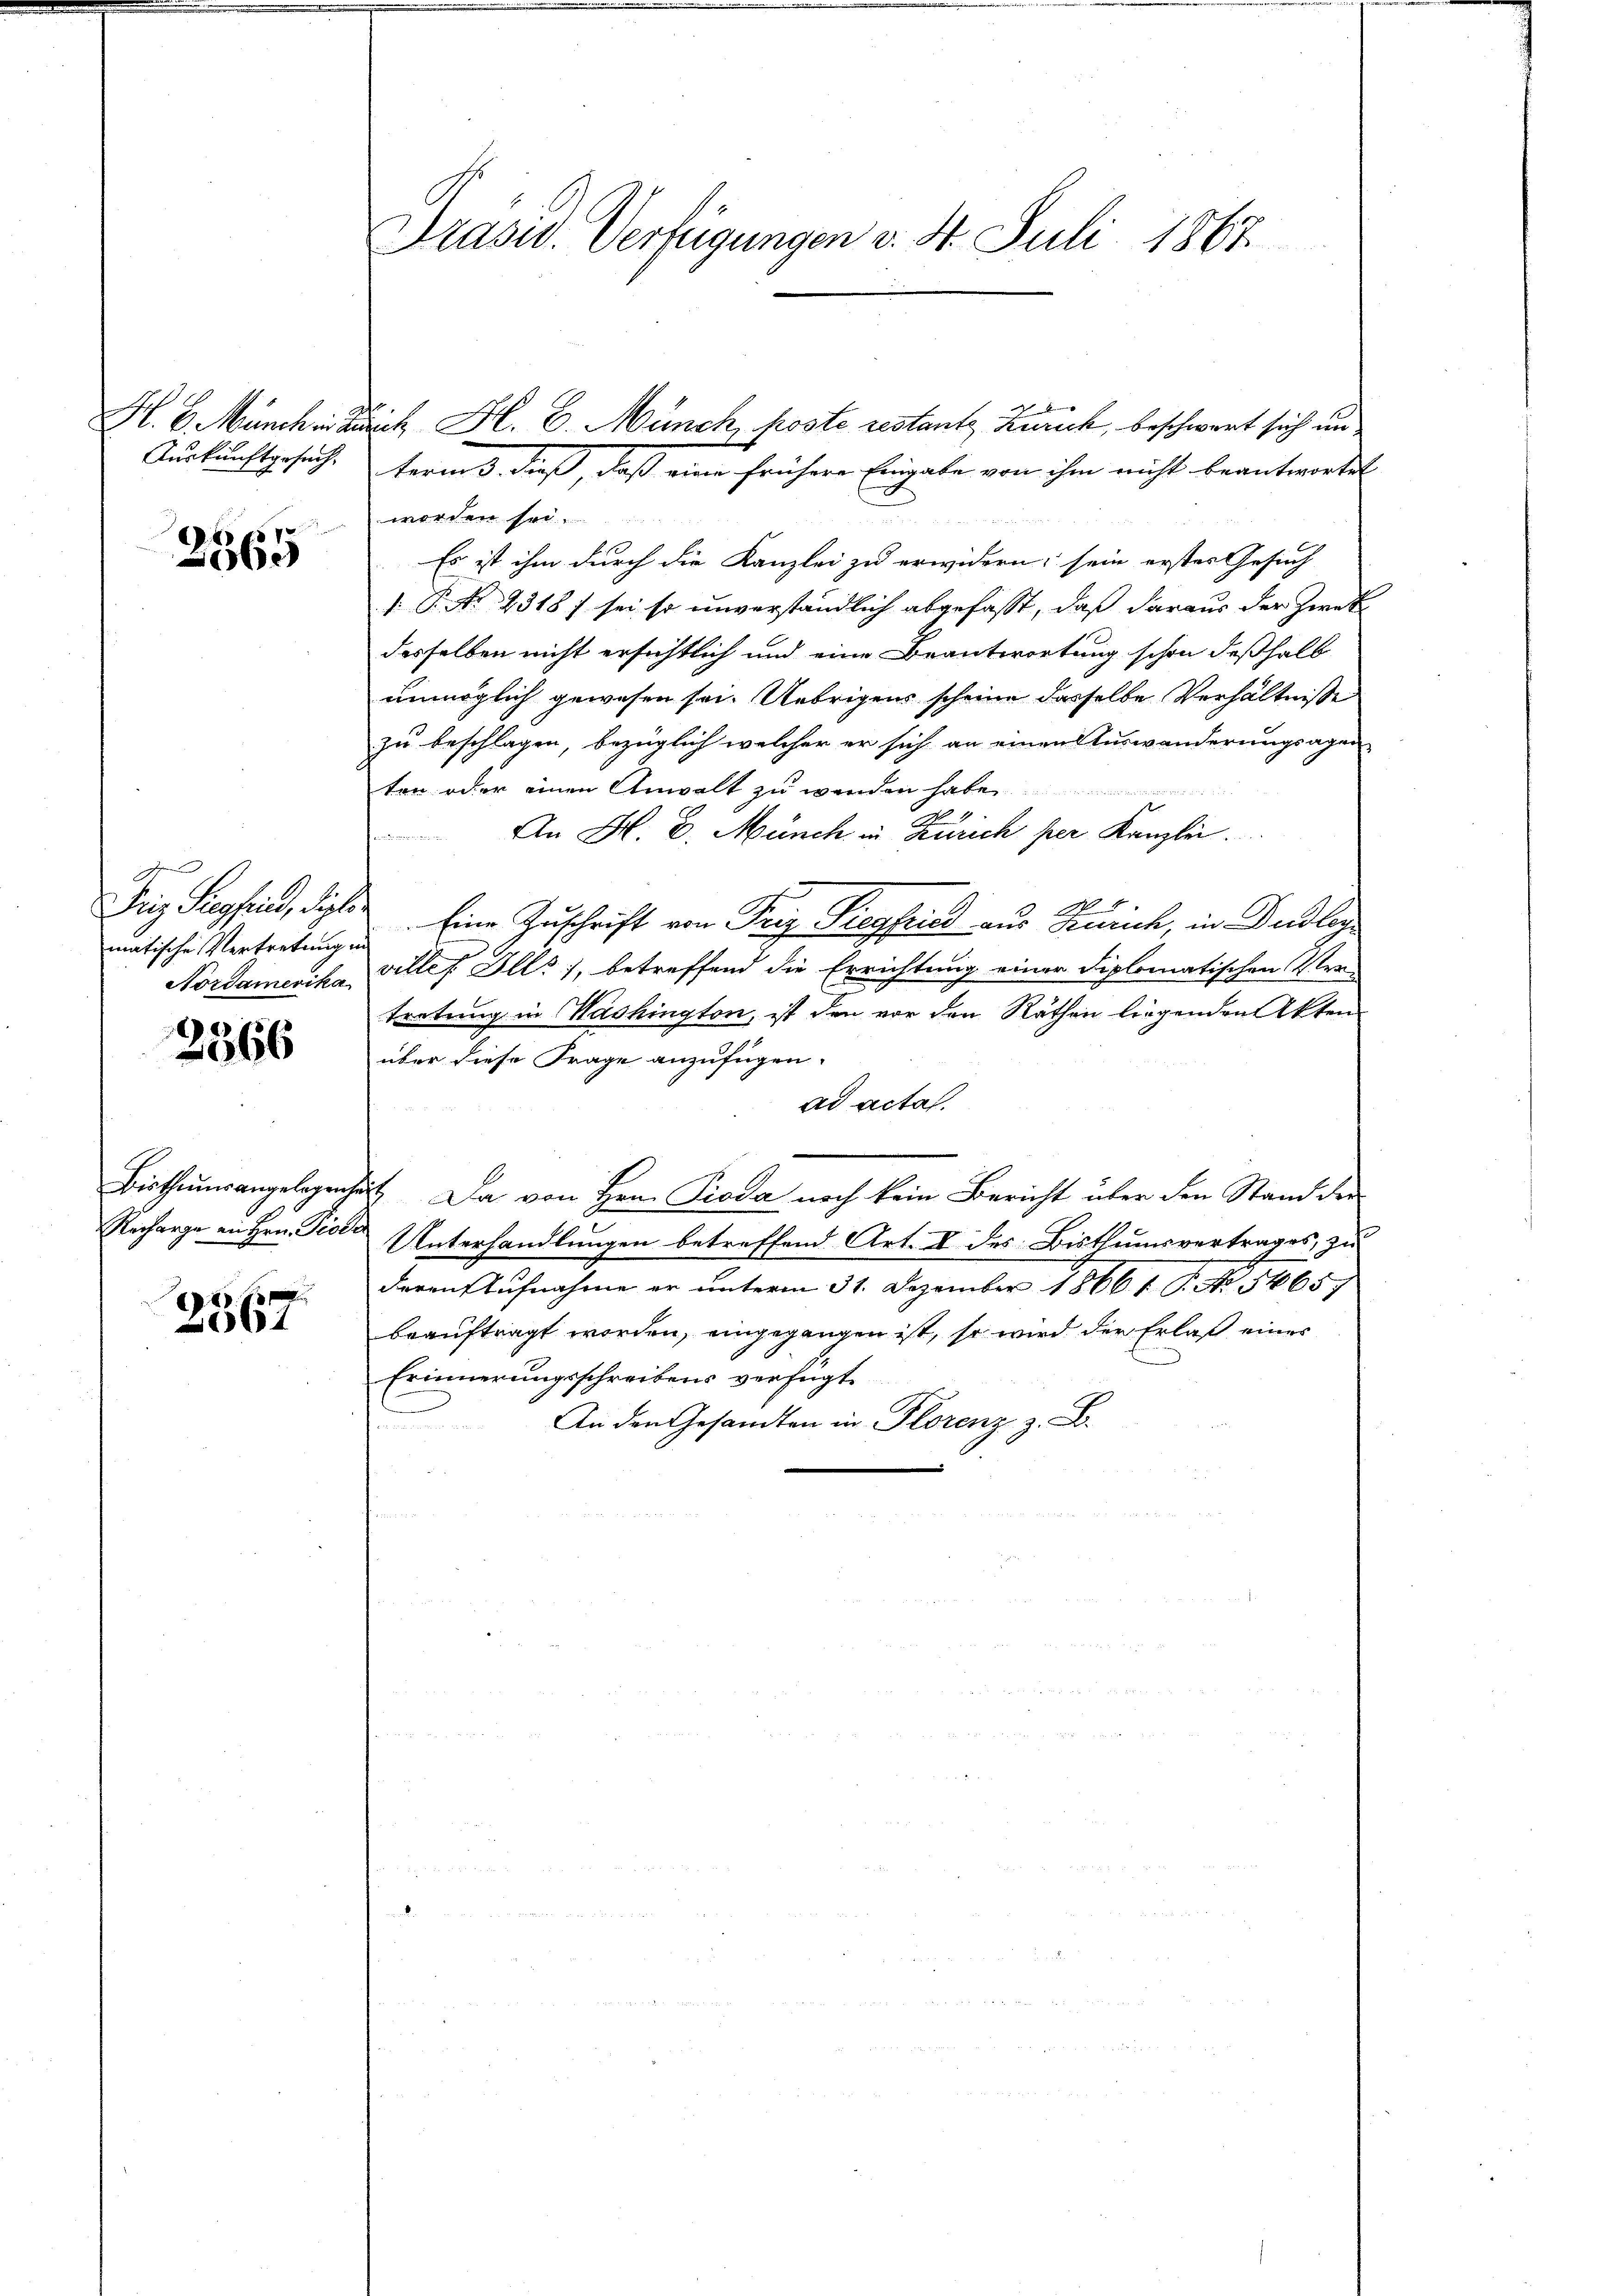
Auskunftgesuch

3565

gen
Friz Siegfried, diplo
matische Vertretung
Nordamerika

0
066

2867

Präsid. Verfügungen v. St. Juli 1867.

term 3. dieß, daß eine frühere Eingabe von ihm nicht beantwortet
worden sol

Es ist ihm durch die Kanzlei zu erwidern; sein erster Gesuch
. P. Nr. 2318 f sei so unverständlich abgefaßt, daß daraus der Zweck
desselben nicht ersichtlich und eine Beantwortung schon deßhalb
unmöglich gewesen sei. Uebrigens scheine dasselbe Verhältnisse
zu beschlagen, bezüglich welcher er sich an einen Auswanderungsagen-
ten oder einen Anwalt zu werden habe,
1
u
An H. E. Münch in Zürich per Kanzlei.
¬
9
Eine Zuschrift von Trig Siegfried aus Zürich, in Dudligvilles Ills, betreffend die Errichtung einer diplomatischen Vertretung in Washington, ist den vor den Räthen liegenden Akten
über diese Frage anzufügen.
ad acta.
Bisthumsangelegenheit. Da von Hrn. Pioda noch kein Bericht über den Stand der
Recharge an Hrn. Piser Unterhandlungen betreffend Art. I des Bisthumsvertrages, zu
deren Aufnahme er unterm 31. Dezember 18661. P. No. 54657
beauftragt worden, eingegangen ist, so wird der Erlaß einer
Erinnerungsschreibens verfügt
An den Gesandten in Florenz z. B.

H. B. München auch H. E. Münch poste restantz, Zürich, beschwert sich un